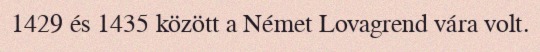
1429 és 1435 között a Német Lovagrend vára volt.